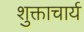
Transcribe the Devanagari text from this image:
शुक्ताचार्य